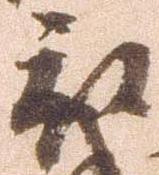
被